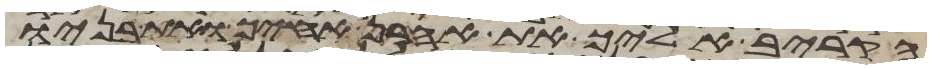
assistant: הקריב אליך את אהרן אחיך ואת בניו